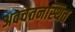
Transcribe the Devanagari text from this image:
अवचेतनस्थित